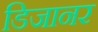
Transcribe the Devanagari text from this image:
डिजानर